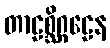
တာဠစ္ဆိဂ္ဂဠေန